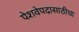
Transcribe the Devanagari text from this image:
पेशवेपदासाठीचा